Vaccine operations Central Provinces 1900-1911 - 1900-1911
Year: 1900
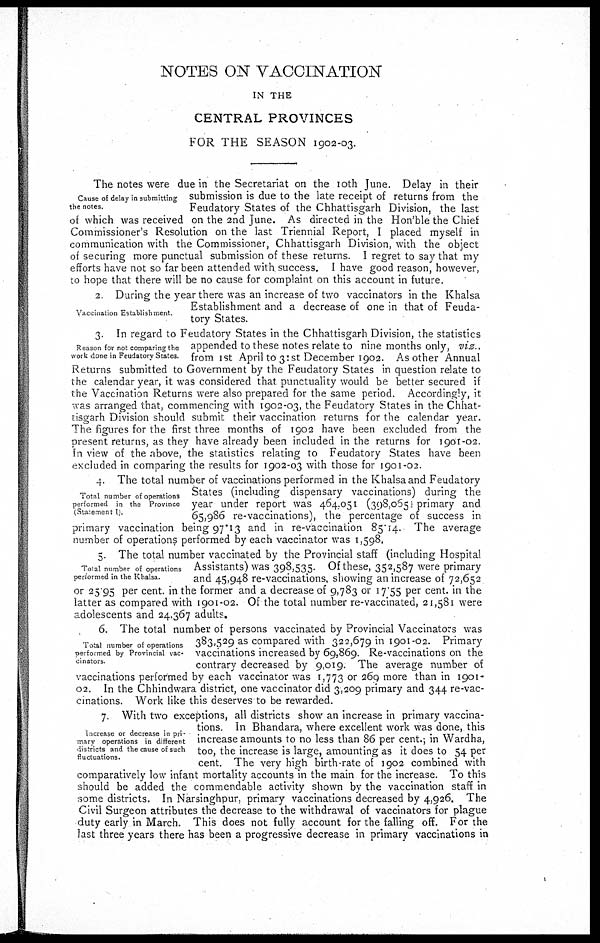
NOTES ON VACCINATION
IN THE
CENTRAL PROVINCES
FOR THE SEASON 1902-03.
Cause of delay in submitting
the notes.
The notes were due in the Secretariat on the 10th June. Delay in their
submission is due to the late receipt of returns from the
Feudatory States of the Chhattisgarh Division, the last
of which was received on the 2nd June. As directed in the Hon'ble the Chief
Commissioner's Resolution on the last Triennial Report, I placed myself in
communication with the Commissioner, Chhattisgarh Division, with the object
of securing more punctual submission of these returns. I regret to say that my
efforts have not so far been attended with success. I have good reason, however,
to hope that there will be no cause for complaint on this account in future.
Vaccination Establishment.
2 During the year there was an increase of two vaccinators in the Khalsa
Establishment and a decrease of one in that of Feuda-
tory States.
Reason for not comparing the
work done in Feudatory States
3. In regard to Feudatory States in the Chhattisgarh Division, the statistics
appended to these notes relate to nine months only, viz.,
from 1 st April to 31st December 1902. As other Annual
Returns submitted to Government by the Feudatory States in question relate to
the calendar year, it was considered that punctuality would be better secured if
the Vaccination Returns were also prepared for the same period. Accordingly, it
was arranged that, commencing with 1902-03, the Feudatory States in the Chhat-
tisgarh Division should submit their vaccination returns for the calendar year.
The figures for the first three months of 1902 have been excluded from the
present returns, as they have already been included in the returns for 1901-02
In view of the above, the statistics relating to Feudatory States have been
excluded in comparing the results for 1902-03 with those for 1901-02.
Total number of operations
performed in the Province
(Statement I)
4. The total number of vaccinations performed in the Khalsa and Feudatory
States (including dispensary vaccinations) during the
year under report was 464.051 (398,0651 primary and
65,986 re-vaccinations), the percentage of success in
primary vaccination being 97.13 and in re-vaccination 85.14. The average
number of operations performed by each vaccinator was 1,598.
Total number of operations
performed in the Khalsa
5 The total number vaccinated by the Provincial staff (including Hospital
Assistants) was 398,535. Of these, 352,587 were primary
and 45,948 re-vaccinations, showing an increase of 72,652
or 25.95 per cent. in the former and a decrease of 9,783 or 17.55 per cent. in the
latter as compared with 1901-02. Of the total number re-vaccinated, 21,581 were
adolescents and 24,367 adults.
Total number of operations
performed by Provincial vac-
cinators
6. The total number of persons vaccinated by Provincial Vaccinators was
383,529 as compared with 322,679 in 1901-02. Primary
vaccinations increased by 69,869. Re-vaccinations on the
contrary decreased by 9,019. The average number of
vaccinations performed by each vaccinator was 1,773 or 269 more than in 1901-
02. In the Chhindwara district, one vaccinator did 3,209 primary and 344 re-vac-
cinations. Work like this deserves to be rewarded.
Increase or decrease in pri-
mary operations in different
districts and the cause of such
fluctuations.
7. With two exceptions, all districts show an increase in primary vaccina-
tions In Bhandara, where excellent work was done, this
increase amounts to no less than 86 per cent.; in Wardha,
too, the increase is large, amounting as it does to 54 per
cent. The very high birth-rate of 1902 combined with
comparatively low infant mortality accounts in the main for the increase. To this
should be added the commendable activity shown by the vaccination staff in
some districts. In Narsinghpur, primary vaccinations decreased by 4,926. The
Civil Surgeon attributes the decrease to the withdrawal of vaccinators for plague
duty early in March. This does not fully account for the falling off. For the
last three years there has been a progressive decrease in primary vaccinations in